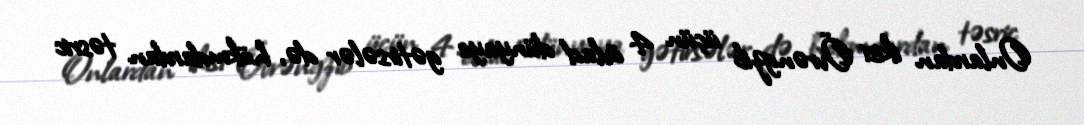
Onlardan ikisi Övrəngzib üçün 4 övlad dünyaya gətirsələr də, hökmdardan təsric